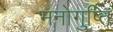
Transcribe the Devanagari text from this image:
मनोगुप्ति